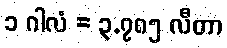
၁ ဂါလံ = ၃.၇၈၅ လီတာ